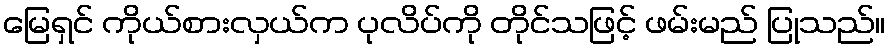
မြေရှင် ကိုယ်စားလှယ်က ပုလိပ်ကို တိုင်သဖြင့် ဖမ်းမည် ပြုသည်။